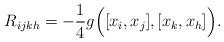
LaTeX: \begin{align*} R_{ijkh}=-\frac{1}{4}g\Big([x_{i},x_{j}],[x_{k},x_{h}]\Big).\end{align*}